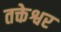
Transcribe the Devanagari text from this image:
तक्तेश्वर